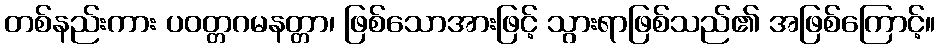
တစ်နည်းကား ပဝတ္တဂမနတ္တာ၊ ဖြစ်သောအားဖြင့် သွားရာဖြစ်သည်၏ အဖြစ်ကြောင့်။